Problem: 32 + 47 = ?
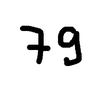
Handwritten answer: 79